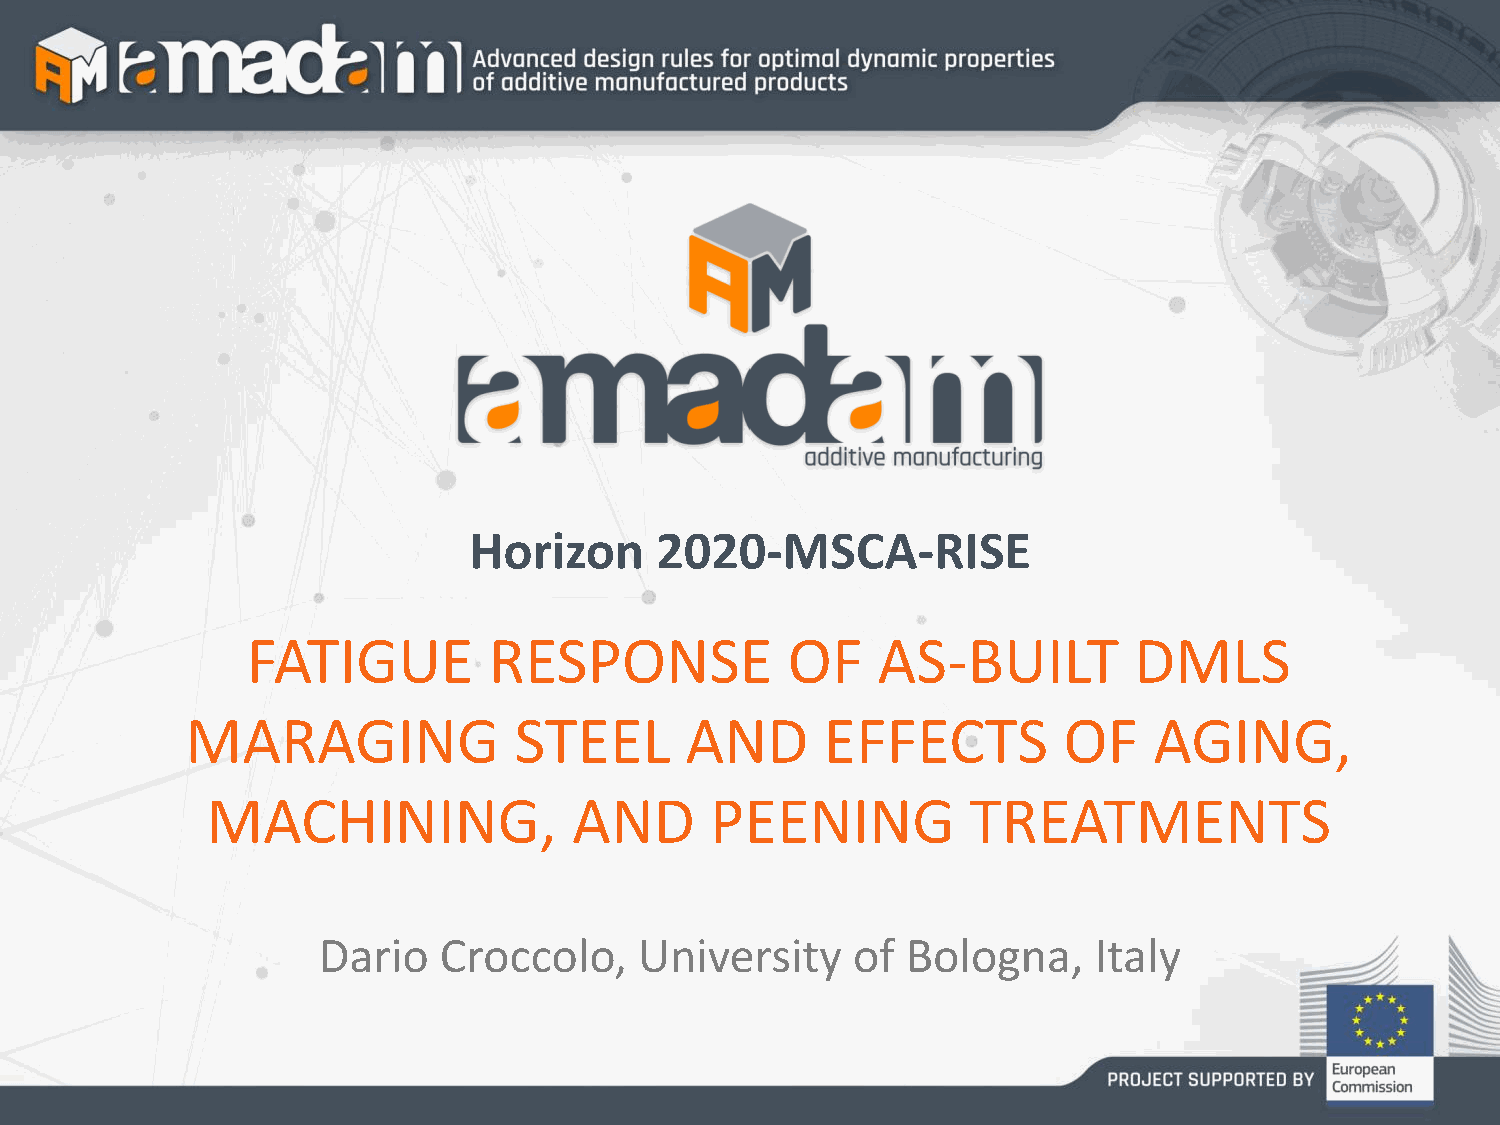
Horizon     2020-MSCA-RISE
 FATIGUE         RESPONSE            OF    AS-BUILT         DMLS
 MARAGING              STEEL      AND       EFFECTS        OF    AGING,
 MACHINING,              AND      PEENING          TREATMENTS
 Dario   Croccolo,    University    of  Bologna,    Italy